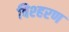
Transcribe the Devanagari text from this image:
बिश्हरण